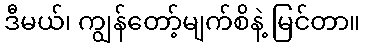
ဒီမယ်၊ ကျွန်တော့်မျက်စိနဲ့ မြင်တာ။